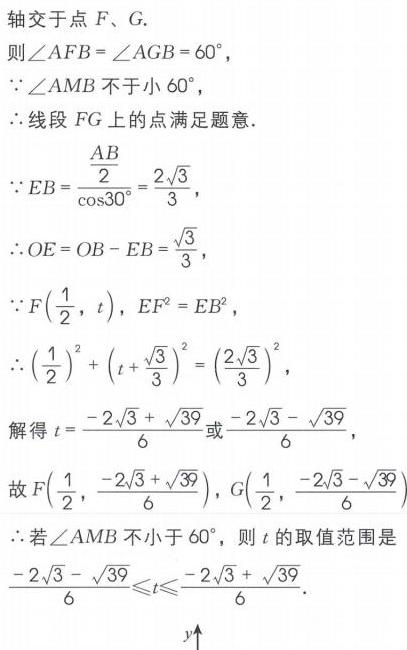
轴交于点 \(F\)、\(G\).
则\(\angle AFB = \angle AGB = 60^{\circ}\),
\(\because\angle AMB\) 不小于 \(60^{\circ}\),
\(\therefore\)线段 \(FG\) 上的点满足题意.
\(\because EB=\frac{\frac{AB}{2}}{\cos30^{\circ}}=\frac{2\sqrt{3}}{3}\),
\(\therefore OE = OB - EB=\frac{\sqrt{3}}{3}\),
\(\because F(\frac{1}{2},t)\), \(EF^{2}=EB^{2}\),
\(\therefore (\frac{1}{2})^{2}+(t + \frac{\sqrt{3}}{3})^{2}=(\frac{2\sqrt{3}}{3})^{2}\),
解得 \(t=\frac{-2\sqrt{3}+\sqrt{39}}{6}\)或\(\frac{-2\sqrt{3}-\sqrt{39}}{6}\),
故\(F(\frac{1}{2},\frac{-2\sqrt{3}+\sqrt{39}}{6})\), \(G(\frac{1}{2},\frac{-2\sqrt{3}-\sqrt{39}}{6})\)
\(\therefore\)若\(\angle AMB\) 不小于 \(60^{\circ}\), 则 \(t\) 的取值范围是 \(\frac{-2\sqrt{3}-\sqrt{39}}{6}\leqslant t\leqslant\frac{-2\sqrt{3}+\sqrt{39}}{6}\).
\(y\uparrow\)